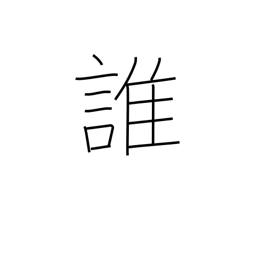
Meaning: who